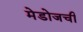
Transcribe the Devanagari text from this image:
मेडोजची